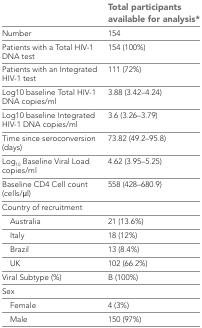
|  | Total participants available for analysis* |
 | --- | --- |
 | Number | 154 |
 | Patients with a Total HIV-1 DNA test | 154 (100%) |
 | Patients with an Integrated HIV-1 test | 111 (72%) |
 | Log10 baseline Total HIV-1 DNA copies/ml | 3.88 (3.42–4.24) |
 | Log10 baseline Integrated HIV-1 DNA copies/ml | 3.6 (3.26–3.79) |
 | Time since seroconversion (days) | 73.82 (49.2–95.8) |
 | Log10 Baseline Viral Load copies/ml | 4.62 (3.95–5.25) |
 | Baseline CD4 Cell count (cells/μl) | 558 (428–680.9) |
 | <COLSPAN=2> Country of recruitment |
 | Australia | 21 (13.6%) |
 | Italy | 18 (12%) |
 | Brazil | 13 (8.4%) |
 | UK | 102 (66.2%) |
 | Viral Subtype (%) | B (100%) |
 | <COLSPAN=2> Sex |
 | Female | 4 (3%) |
 | Male | 150 (97%) |